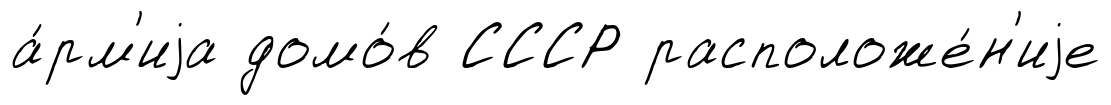
а́рм'иjа домо́в СССР расположе́н'иjе